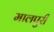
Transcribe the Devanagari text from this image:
मालपुरी